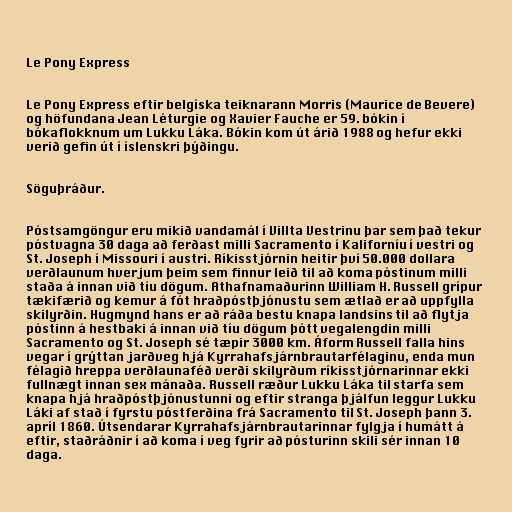
Le Pony Express

Le Pony Express eftir belgíska teiknarann Morris (Maurice de Bevere)
og höfundana Jean Léturgie og Xavier Fauche er 59. bókin í
bókaflokknum um Lukku Láka. Bókin kom út árið 1988 og hefur ekki
verið gefin út í íslenskri þýðingu.

Söguþráður.

Póstsamgöngur eru mikið vandamál í Villta Vestrinu þar sem það tekur
póstvagna 30 daga að ferðast milli Sacramento í Kaliforníu í vestri og
St. Joseph í Missouri í austri. Ríkisstjórnin heitir því 50.000 dollara
verðlaunum hverjum þeim sem finnur leið til að koma póstinum milli
staða á innan við tíu dögum. Athafnamaðurinn William H. Russell grípur
tækifærið og kemur á fót hraðpóstþjónustu sem ætlað er að uppfylla
skilyrðin. Hugmynd hans er að ráða bestu knapa landsins til að flytja
póstinn á hestbaki á innan við tíu dögum þótt vegalengdin milli
Sacramento og St. Joseph sé tæpir 3000 km. Áform Russell falla hins
vegar í grýttan jarðveg hjá Kyrrahafsjárnbrautarfélaginu, enda mun
félagið hreppa verðlaunaféð verði skilyrðum ríkisstjórnarinnar ekki
fullnægt innan sex mánaða. Russell ræður Lukku Láka til starfa sem
knapa hjá hraðpóstþjónustunni og eftir stranga þjálfun leggur Lukku
Láki af stað í fyrstu póstferðina frá Sacramento til St. Joseph þann 3.
apríl 1860. Útsendarar Kyrrahafsjárnbrautarinnar fylgja í humátt á
eftir, staðráðnir í að koma í veg fyrir að pósturinn skili sér innan 10
daga.